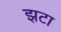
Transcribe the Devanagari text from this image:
झटा